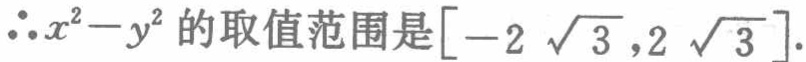
$\therefore x^{2}-y^{2} \text{的取值范围是}[-2\sqrt{3},2\sqrt{3}].$